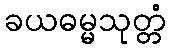
ခယဓမ္မသုတ္တံ